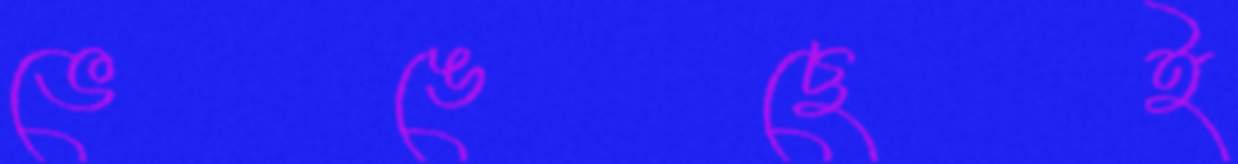
ভেঙেছেই